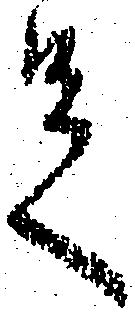
足